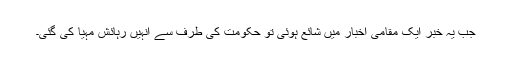
جب یہ خبر ایک مقامی اخبار میں شائع ہوئی تو حکومت کی طرف سے انہیں رہائش مہیا کی گئی۔